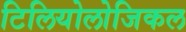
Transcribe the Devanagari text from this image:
टिलियोलोजिकल